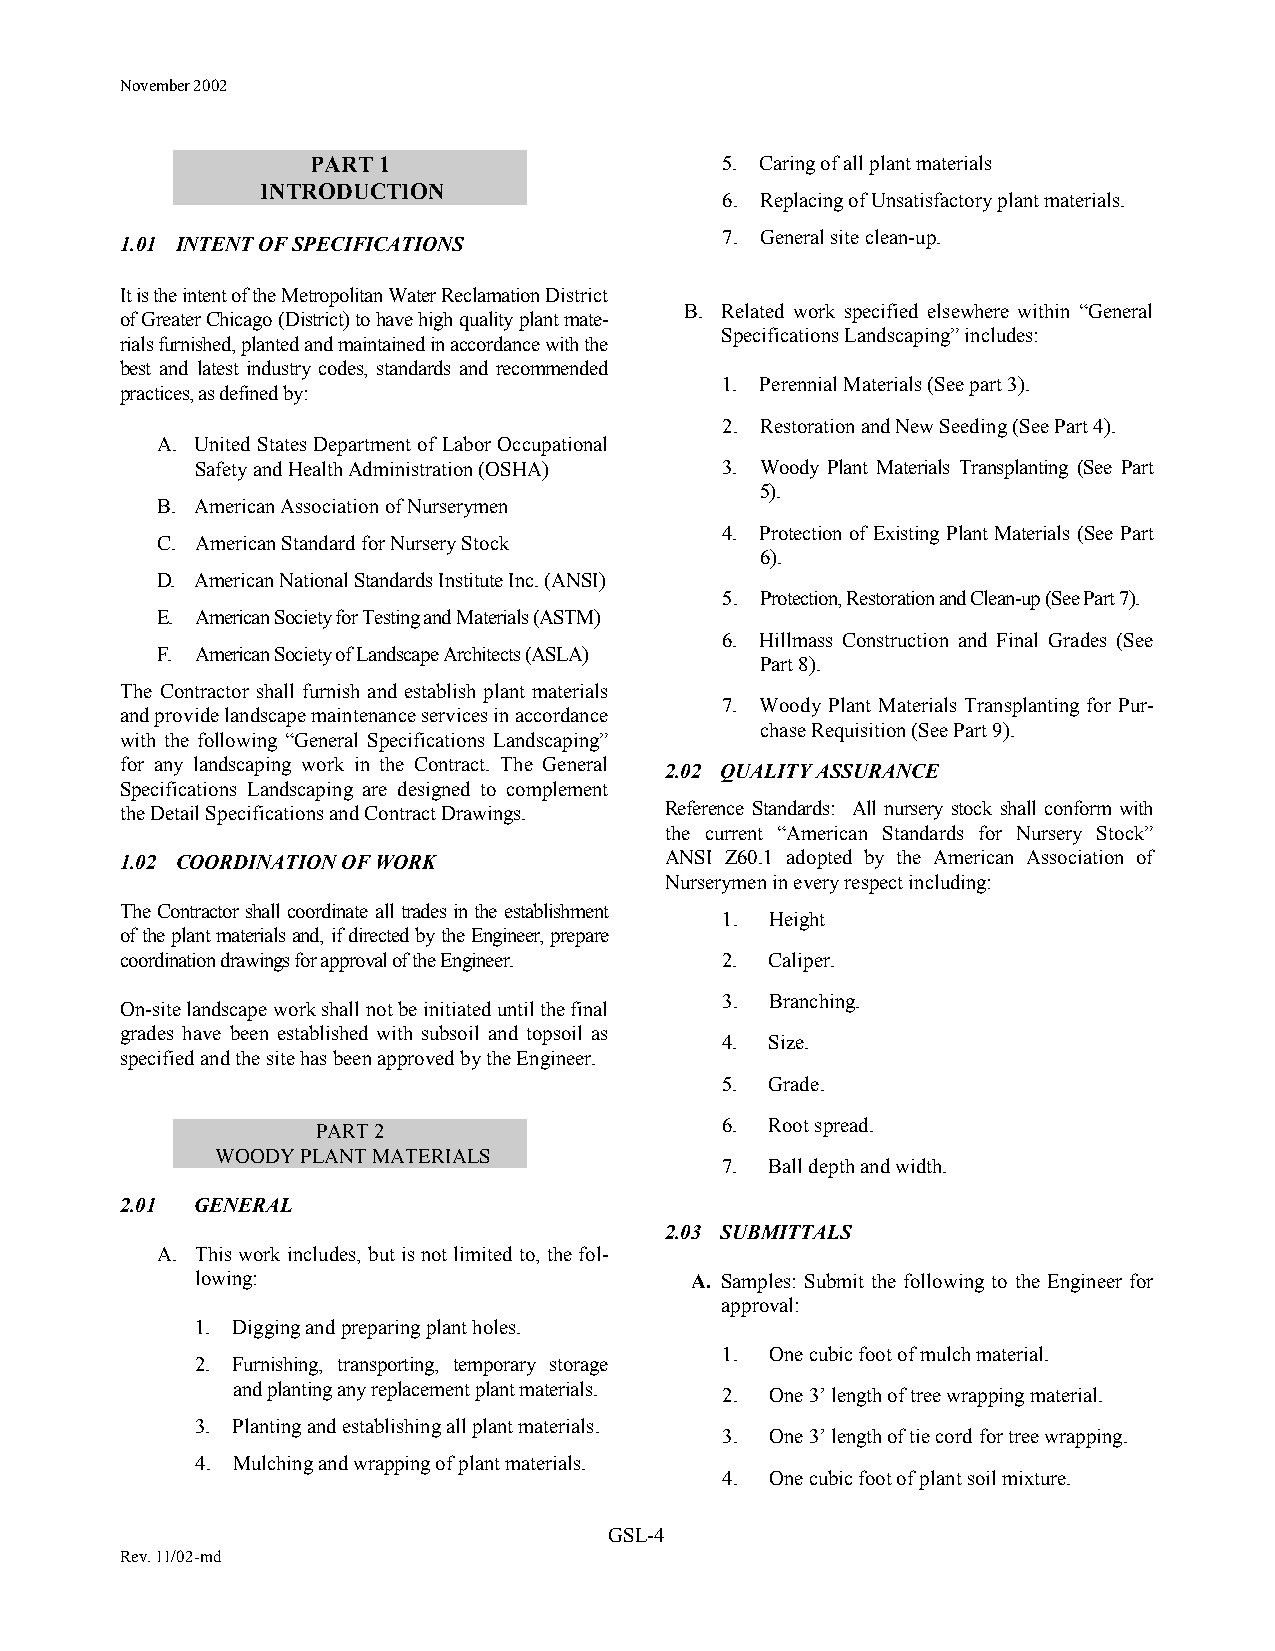
November 2002
 PART 1                     5. Caring of all plant materials
 INTRODUCTION
 6. Replacing of Unsatisfactory plant materials.
 7. General site clean-up.
 1.01 INTENT OF SPECIFICATIONS
 It is the intent of the Metropolitan Water Reclamation District
 B. Related work specified elsewhere within “General
 of Greater Chicago (District) to have high quality plant mate-
 Specifications Landscaping” includes:
 rials furnished, planted and maintained in accordance with the
 best and latest industry codes, standards and recommended
 1. Perennial Materials (See part 3).
 practices, as defined by:
 2. Restoration and New Seeding (See Part 4).
 A. United States Department of Labor Occupational
 Safety and Health Administration (OSHA) 3. Woody Plant Materials Transplanting (See Part
 5).
 B. American Association of Nurserymen
 4. Protection of Existing Plant Materials (See Part
 C. American Standard for Nursery Stock
 6).
 D. American National Standards Institute Inc. (ANSI)
 5. Protection, Restoration and Clean-up (See Part 7).
 E. American Society for Testing and Materials (ASTM)
 6. Hillmass Construction and Final Grades (See
 F. American Society of Landscape Architects (ASLA)
 Part 8).
 The Contractor shall furnish and establish plant materials
 7. Woody Plant Materials Transplanting for Pur-
 and provide landscape maintenance services in accordance
 chase Requisition (See Part 9).
 with the following “General Specifications Landscaping”
 for any landscaping work in the Contract. The General
 2.02 QUALITY ASSURANCE
 Specifications Landscaping are designed to complement
 the Detail Specifications and Contract Drawings. Reference Standards: All nursery stock shall conform with
 the current “American Standards for Nursery Stock”
 1.02 COORDINATION OF WORK           ANSI Z60.1 adopted by the American Association of
 Nurserymen in every respect including:
 The Contractor shall coordinate all trades in the establishment
 1. Height
 of the plant materials and, if directed by the Engineer, prepare
 coordination drawings for approval of the Engineer. 2. Caliper.
 3. Branching.
 On-site landscape work shall not be initiated until the final
 grades have been established with subsoil and topsoil as
 4. Size.
 specified and the site has been approved by the Engineer.
 5. Grade.
 6. Root spread.
 PART 2
 WOODY PLANT MATERIALS
 7. Ball depth and width.
 2.01 GENERAL
 2.03 SUBMITTALS
 A. This work includes, but is not limited to, the fol-
 lowing:                          A. Samples: Submit the following to the Engineer for
 approval:
 1. Digging and preparing plant holes.
 1. One cubic foot of mulch material.
 2. Furnishing, transporting, temporary storage
 and planting any replacement plant materials.
 2. One 3’ length of tree wrapping material.
 3. Planting and establishing all plant materials.
 3. One 3’ length of tie cord for tree wrapping.
 4. Mulching and wrapping of plant materials.
 4. One cubic foot of plant soil mixture.
 GSL-4
 Rev. 11/02-md